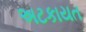
અટકાયત